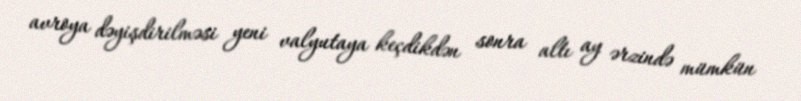
avroya dəyişdirilməsi yeni valyutaya keçdikdən sonra altı ay ərzində mümkün